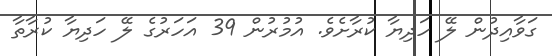
ގަވާއިދުން ލޭ ހަދިޔާ ކުރާށެވެ. އުމުރުން 39 އަހަރުގެ ލޭ ހަދިޔާ ކުރާތާ